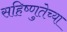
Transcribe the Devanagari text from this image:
सहिष्णुतेच्या